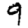
Digit: 9